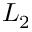
L _ { 2 }